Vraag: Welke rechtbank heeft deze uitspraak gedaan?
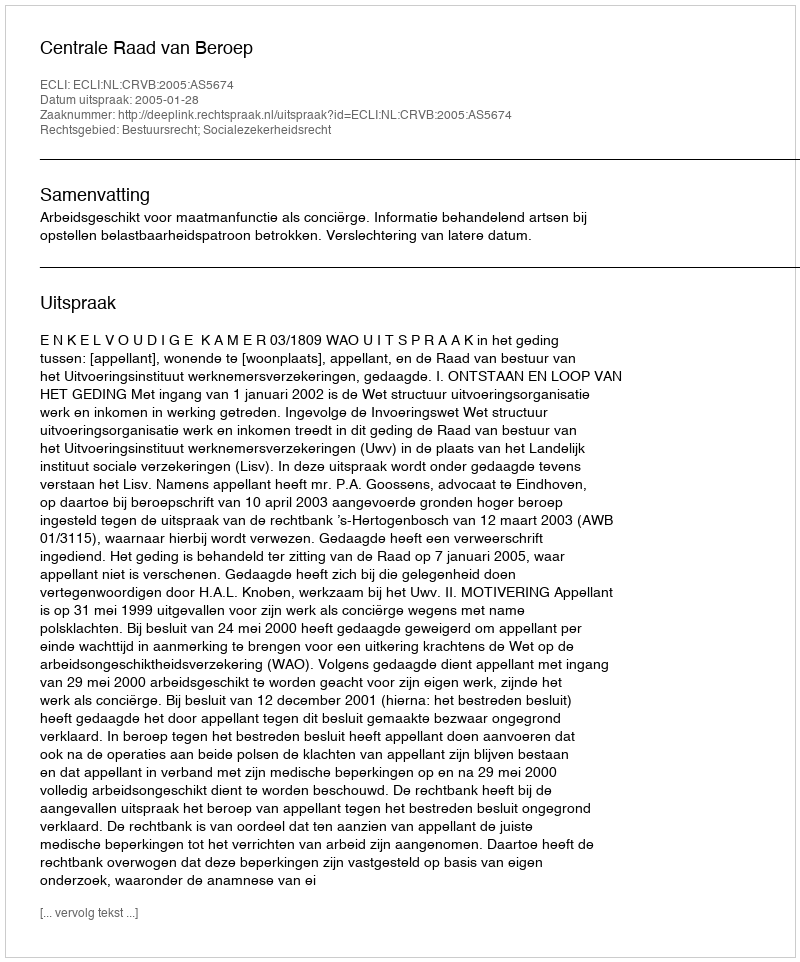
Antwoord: Centrale Raad van Beroep